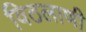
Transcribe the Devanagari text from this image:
विठलाणी